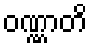
ဝဏ္ဏာတိ